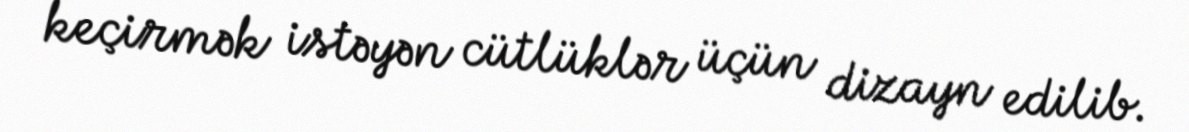
keçirmək istəyən cütlüklər üçün dizayn edilib.